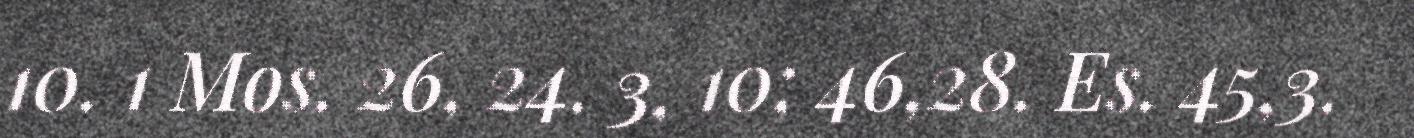
10. 1 Mos. 26, 24. 3, 10; 46,28. Es. 45,3.